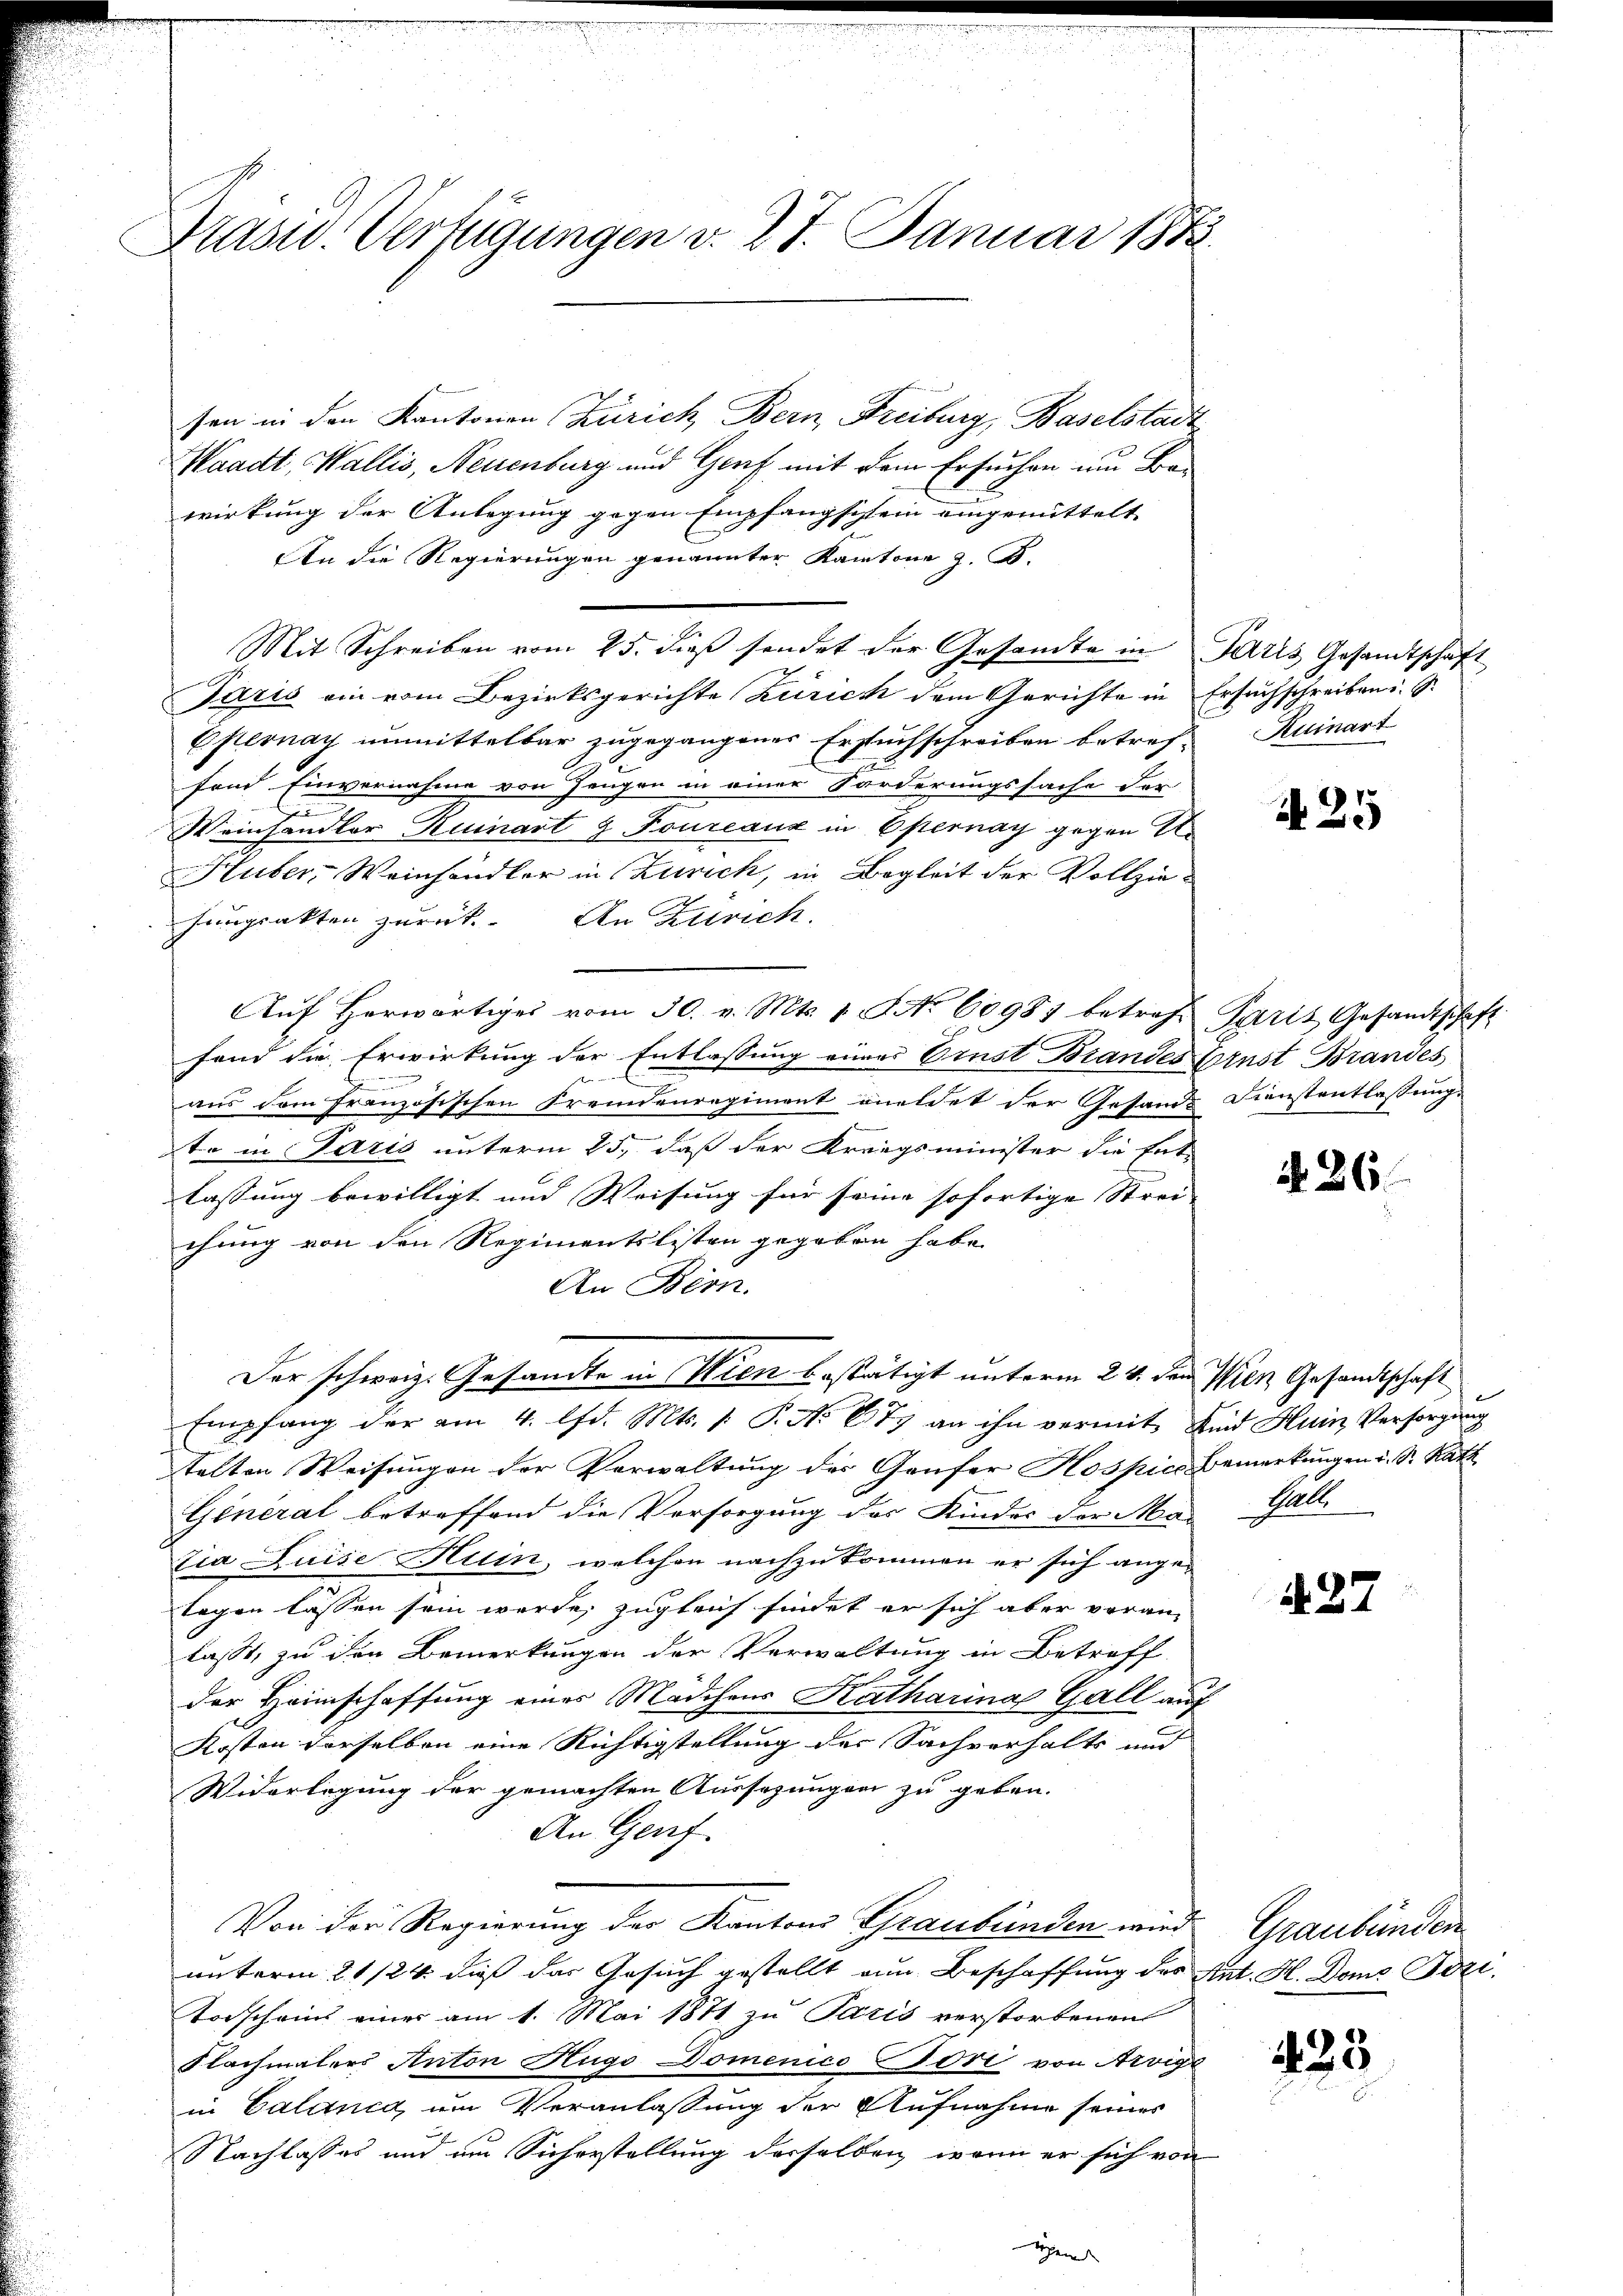
Kasu. Verfügungen v. 27. Januar 1873.

sen in den Kantonen Zürich, Bern, Freiburg, Baselstadt
Waadt, Wallis, Neuenburg und Genf mit dem Ersuchen um Bau
wirkung der Anlegung gegen Empfangschein eingemittelt
An die Regierungen genannter Kantone z. B.
Mit Schreiben vom 25. dieβ sendet der Gesandte in Paris Gesandtschaft
Paris ein vom Bezirksgerichte Zürich dem Gerichte in Ersuchschreiben. S
Esternay unmittelbar zugegangener Ersuchschreiben betref-
fond Einvernahme von Zeugen in einer Forderungssache der
b
Weinhandler Kuinart g Toureaux in Opernay gegen Un
Huber, Weinhandler in Zürich, in Begleit der Vollziehungsakten zurück. An Zürich
Aŭf herwärtiges vom 30. v. Mts. 1. No 60987 betref Paris Gesandtschaft
fand die Erwirkung der Entlassung eines Ernst Brandes Ernst Brandes

n
aus dem französischen Fremdenregiment oneldet der Gesande Dienstentlassung.
to in Parts unterm 25., daß der Kriegsminister die Ent-
lassung bewilligt und Weisung für seine sofortige Strei- |
chung von den Regimentslisten gegeben habe.
An Bern.
Der schweiz. Gesandte in Wien bestätigt unterm 24. den Wien Gesandtschaft
Empfang der am 4. lfd. Mts. 1. P. Nr. 677 an ihn vermit Kind Huin Versorgung
talten Weisungen der Verwaltung des Ganfer Hospici Bemerkungen u. S. Rath
General betreffend die Versorgung des Kinder der Mai Gall
tia Luise Hein, welchen nachzukommen er sich angetagen lassen sein werde, zugleich findet er sich aber veran-
lasst, zu den Bemerkungen der Verwaltung in Betreff
der Heimschaffung eines Mädchens Katharina Gall auf
Kosten derselben eine Richtigstellung der Sachverhalts und
Widerlegung der gemachten Aussezungen zu geben.
An Genf.
Von der Regierung der Kantons Graubünden wird Graubünden
unterm 21/24. dieß das Gesuch gestellt von Beschaffung des Rat. H. Dome Sozi
Torscheins einer am 1. Mai 1871 zu Paris verstorbenen
Flachmalers Anton Hugo Domenico ori von Arvige
in Calanca, um Veranlassung der Aufnahme seines
Nachlasses und am Sicherstellung derselben, wenn er sich von
igen

Kuinart

A 25

N. 86.

A.27

433